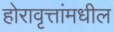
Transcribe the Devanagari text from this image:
होरावृत्तांमधील